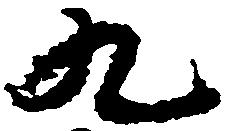
九